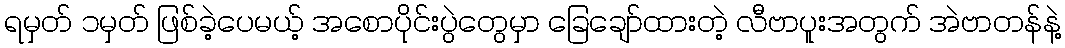
ရမှတ် ၁မှတ် ဖြစ်ခဲ့ပေမယ့် အစောပိုင်းပွဲတွေမှာ ခြေချော်ထားတဲ့ လီဗာပူးအတွက် အဲဗာတန်နဲ့